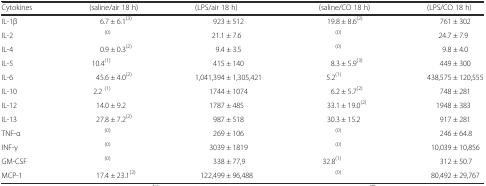
| Cytokines | (saline/air 18 h) | (LPS/air 18 h) | (saline/CO 18 h) | (LPS/CO 18 h) |
 | --- | --- | --- | --- | --- |
 | IL-1β | 6.7 ± 6.1(3) | 923 ± 512 | 19.8 ± 8.6(2) | 761 ± 302 |
 | IL-2 | (0) | 21.1 ± 7.6 | (0) | 24.7 ± 7.9 |
 | IL-4 | 0.9 ± 0.3(2) | 9.4 ± 3.5 | (0) | 9.8 ± 4.0 |
 | IL-5 | 10.4(1) | 415 ± 140 | 8.3 ± 5.9(3) | 449 ± 300 |
 | IL-6 | 45.6 ± 4.0(2) | 1,041,394 ± 1,305,421 | 5.2(1) | 438,575 ± 120,555 |
 | IL-10 | 2.2 (1) | 1744 ± 1074 | 6.2 ± 5.7(2) | 748 ± 281 |
 | IL-12 | 14.0 ± 9.2 | 1787 ± 485 | 33.1 ± 19.0(2) | 1948 ± 383 |
 | IL-13 | 27.8 ± 7.2(2) | 987 ± 518 | 30.3 ± 15.2 | 917 ± 281 |
 | TNF-α | (0) | 269 ± 106 | (0) | 246 ± 64.8 |
 | INF-γ | (0) | 3039 ± 1819 | (0) | 10,039 ± 10,856 |
 | GM-CSF | (0) | 338 ± 77,9 | 32.8(1) | 312 ± 50.7 |
 | MCP-1 | 17.4 ± 23.1(2) | 122,499 ± 96,488 | (0) | 80,492 ± 29,767 |